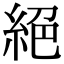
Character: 絕